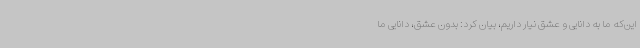
این‌که ما به دانایی و عشق نیار داریم، بیان کرد: بدون عشق، دانایی ما